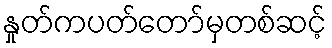
နှုတ်ကပတ်တော်မှတစ်ဆင့်